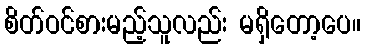
စိတ်ဝင်စားမည့်သူလည်း မရှိတော့ပေ။